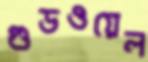
গুডওয়েল